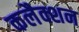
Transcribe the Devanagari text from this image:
कलैक्शन